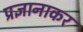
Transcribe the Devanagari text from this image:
प्रज्ञानाकर